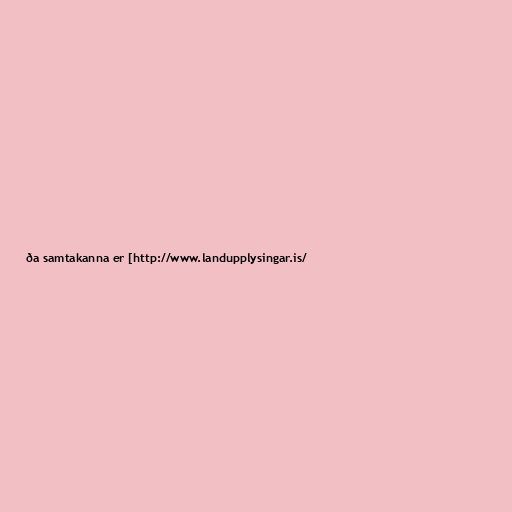
ða samtakanna er [http://www.landupplysingar.is/